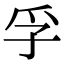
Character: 孚